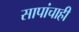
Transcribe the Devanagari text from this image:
सापांचाही